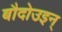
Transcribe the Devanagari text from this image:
बौदोउइन्